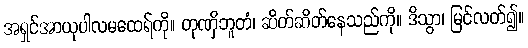
အရှင်အာယုပါလမထေရ်ကို။ တုဏှိဘူတံ၊ ဆိတ်ဆိတ်နေသည်ကို။ ဒိသွာ၊ မြင်လတ်၍။